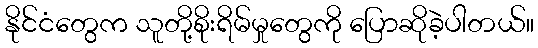
နိုင်ငံတွေက သူတို့စိုးရိမ်မှုတွေကို ပြောဆိုခဲ့ပါတယ်။